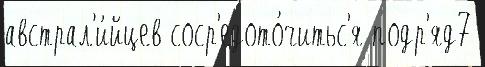
австрал'и́йцев соср'едото́читьс'я подр'яд7